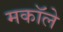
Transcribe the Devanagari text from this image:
मकॉले